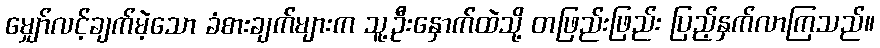
မျှော်လင့်ချက်မဲ့သော ခံစားချက်များက သူ့ဦးနှောက်ထဲသို့ တဖြည်းဖြည်း ပြည့်နှက်လာကြသည်။